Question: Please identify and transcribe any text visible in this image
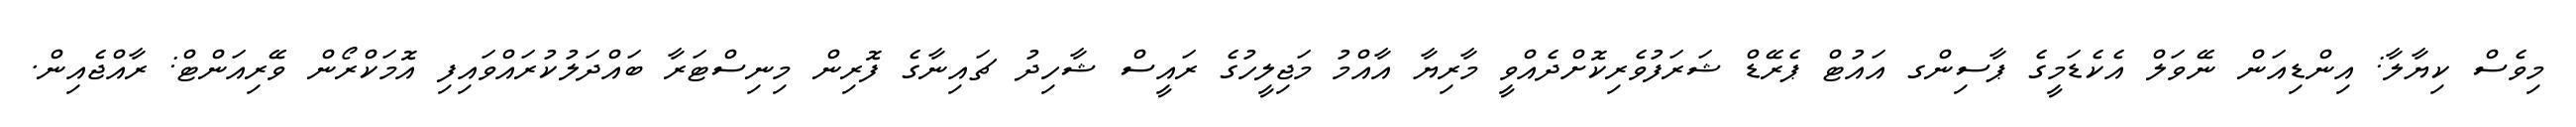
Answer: މިވެސް ކިޔާލާ: އިންޑިއަން ނޭވަލް އެކެޑަމީގެ ޕާސިންގ އައުޓް ޕެރޭޑް ޝަރަފުވެރިކޮށްދެއްވީ މާރިޔާ އާއްމު މަޖިލީހުގެ ރައީސް ޝާހިދު ޗައިނާގެ ފޮރިން މިނިސްޓަރާ ބައްދަލުކުރައްވައިފި އޮމަކްރޯން ވޭރިއަންޓް: ރާއްޖެއިން.